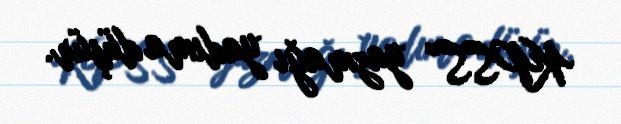
KPSS” yazmağı yadıma düşür.